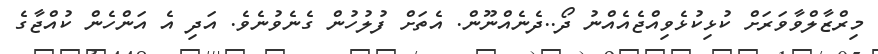
މިރްޒާލްވާވަރަށް ކުޅިކުޅެވިއްޖެއެއްނު ދޯ..ދެނެއްނޫން. އެތަށް ފުލުހުން ގެނެވުނެވެ. އަދި އެ އަންހެން ކުއްޖާގެ